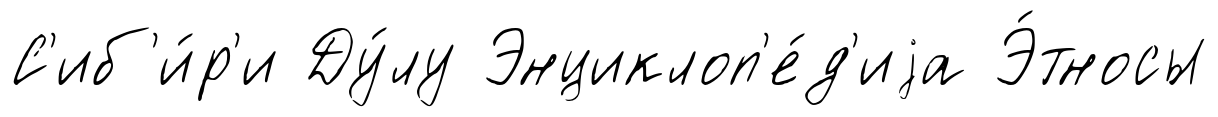
С'иб'и́р'и Ду́лу Энциклоп'е́д'иjа Э́тносы